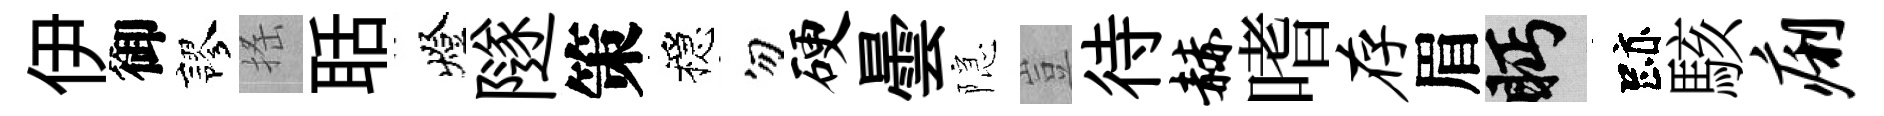
伊御謬搖聒燈隧策穩勿硬曇隠豈待赫嗜存眉眄跡駭痢